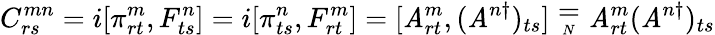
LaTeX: C_{rs}^{mn}=i[\pi_{rt}^{m},F_{ts}^{n}]=i[\pi_{ts}^{n},F_{rt}^{m}]=[\mathit{A}_{rt}^{m},(\mathit{A}^{n\dagger})_{ts}]\stackrel{_{\textstyle=}}{_{_{N}}}\mathit{A}_{rt}^{m}(\mathit{A}^{n\dagger})_{ts}